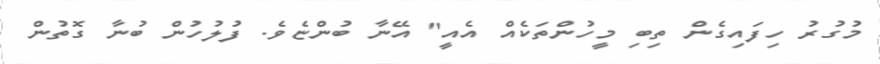
މުގުރު ހިފައިގެން ތިބި މީހުންތަކެއް އެއީ" އޭނާ ބުންޏެވެ. ފުލުހުން ބުނާ ގޮތުން